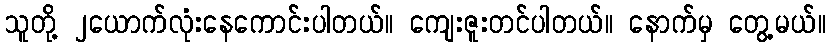
သူတို့ ၂ယောက်လုံးနေကောင်းပါတယ်။ ကျေးဇူးတင်ပါတယ်။ နောက်မှ တွေ့မယ်။